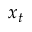
x _ { t }